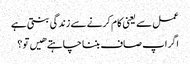
عمل سے یعنی کام کرنے سے زندگی بنتی ہے
اگر اپ صاف بننا چاہتے هیں تو ؟